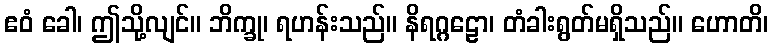
ဧဝံ ခေါ၊ ဤသို့လျင်။ ဘိက္ခု၊ ရဟန်းသည်။ နိရဂ္ဂဠော၊ တံခါးရွတ်မရှိသည်။ ဟောတိ၊